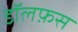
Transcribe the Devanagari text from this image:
डॉलफ़स